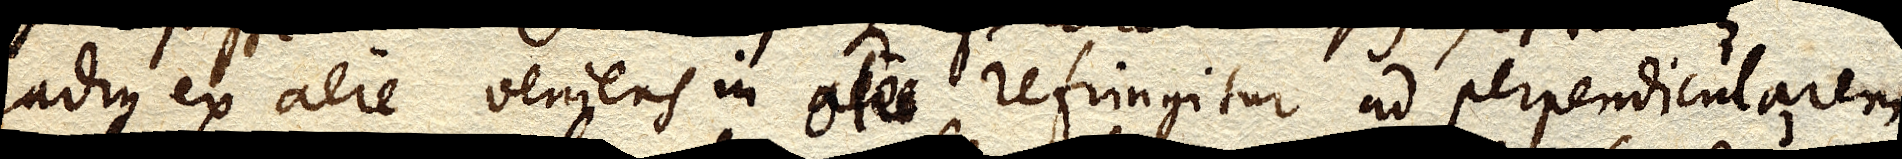
radius ex aere veniens in oleo refringitur ad perpendicularem;